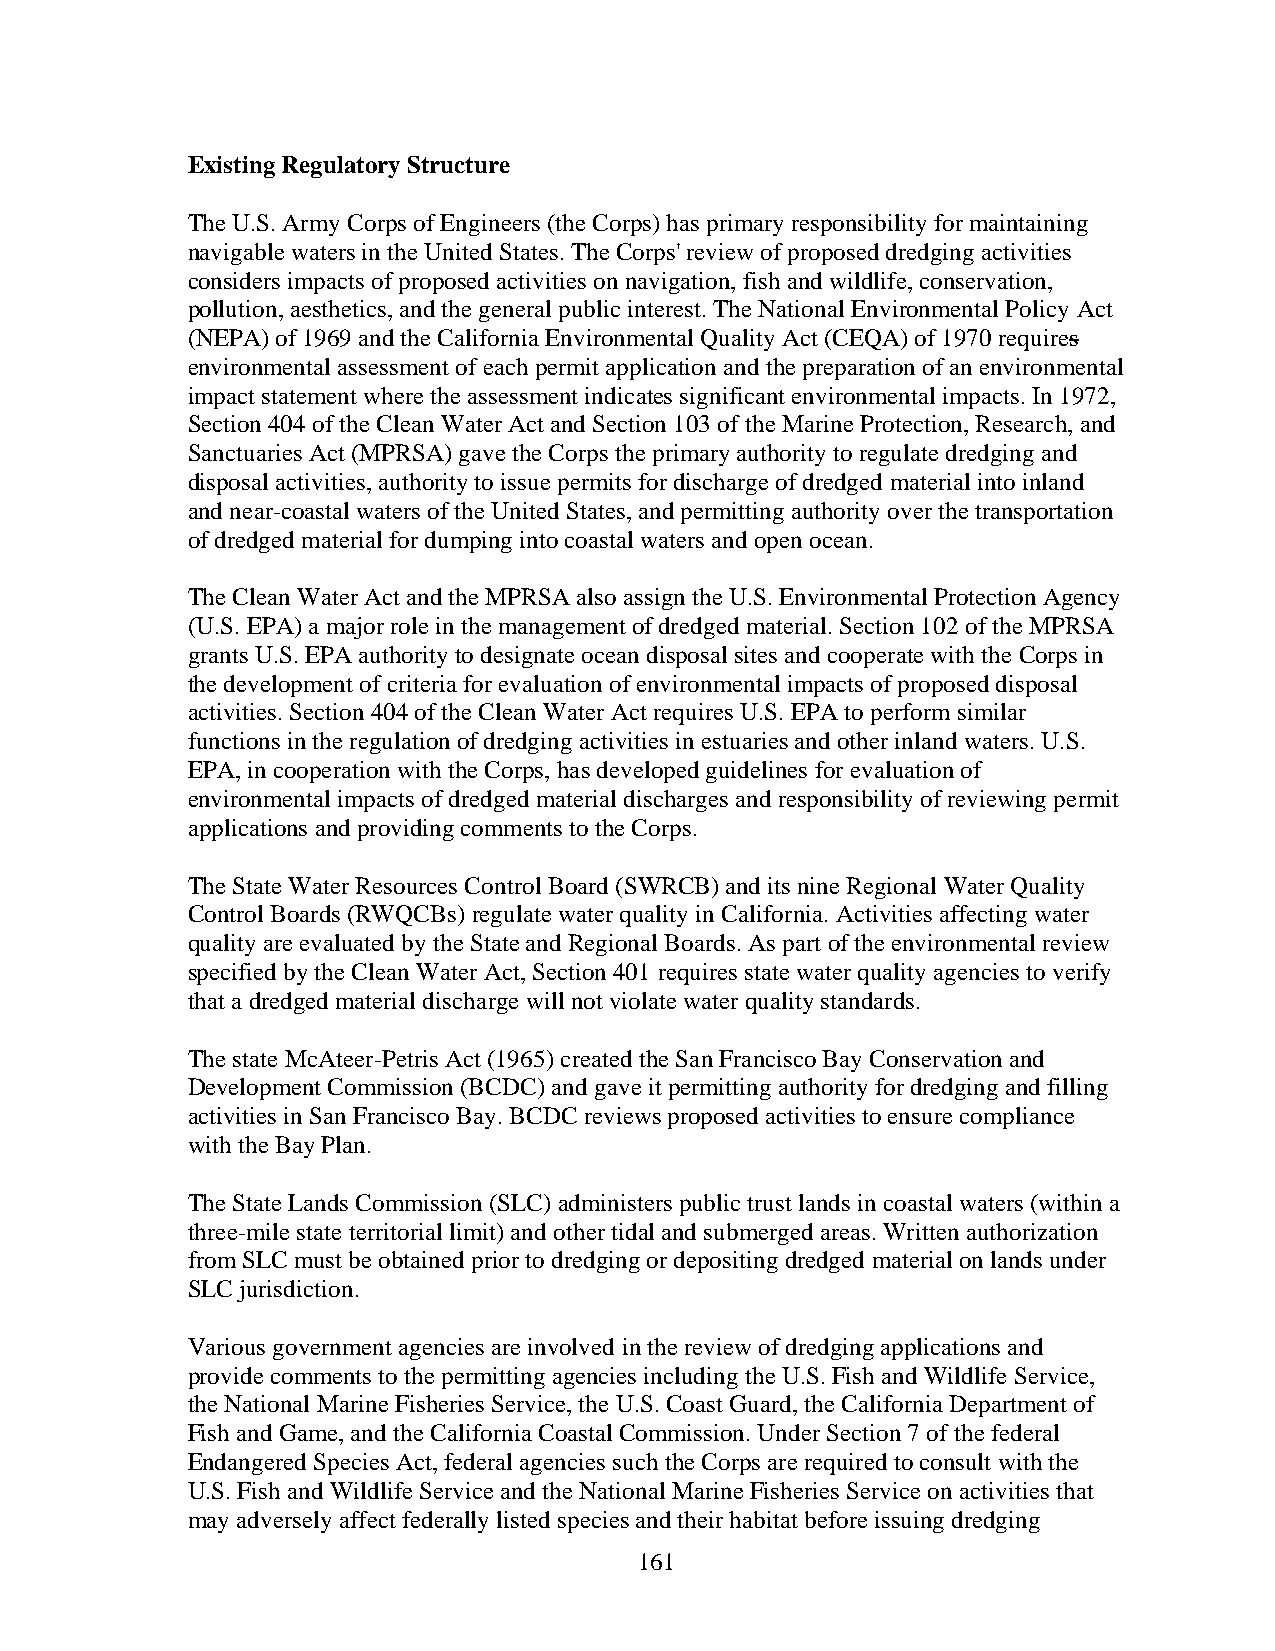
Existing Regulatory Structure
 The U.S. Army Corps of Engineers (the Corps) has primary responsibility for maintaining
 navigable waters in the United States. The Corps' review of proposed dredging activities
 considers impacts of proposed activities on navigation, fish and wildlife, conservation,
 pollution, aesthetics, and the general public interest. The National Environmental Policy Act
 (NEPA) of 1969 and the California Environmental Quality Act (CEQA) of 1970 requires
 environmental assessment of each permit application and the preparation of an environmental
 impact statement where the assessment indicates significant environmental impacts. In 1972,
 Section 404 of the Clean Water Act and Section 103 of the Marine Protection, Research, and
 Sanctuaries Act (MPRSA) gave the Corps the primary authority to regulate dredging and
 disposal activities, authority to issue permits for discharge of dredged material into inland
 and near-coastal waters of the United States, and permitting authority over the transportation
 of dredged material for dumping into coastal waters and open ocean.
 The Clean Water Act and the MPRSA also assign the U.S. Environmental Protection Agency
 (U.S. EPA) a major role in the management of dredged material. Section 102 of the MPRSA
 grants U.S. EPA authority to designate ocean disposal sites and cooperate with the Corps in
 the development of criteria for evaluation of environmental impacts of proposed disposal
 activities. Section 404 of the Clean Water Act requires U.S. EPA to perform similar
 functions in the regulation of dredging activities in estuaries and other inland waters. U.S.
 EPA, in cooperation with the Corps, has developed guidelines for evaluation of
 environmental impacts of dredged material discharges and responsibility of reviewing permit
 applications and providing comments to the Corps.
 The State Water Resources Control Board (SWRCB) and its nine Regional Water Quality
 Control Boards (RWQCBs) regulate water quality in California. Activities affecting water
 quality are evaluated by the State and Regional Boards. As part of the environmental review
 specified by the Clean Water Act, Section 401 requires state water quality agencies to verify
 that a dredged material discharge will not violate water quality standards.
 The state McAteer-Petris Act (1965) created the San Francisco Bay Conservation and
 Development Commission (BCDC) and gave it permitting authority for dredging and filling
 activities in San Francisco Bay. BCDC reviews proposed activities to ensure compliance
 with the Bay Plan.
 The State Lands Commission (SLC) administers public trust lands in coastal waters (within a
 three-mile state territorial limit) and other tidal and submerged areas. Written authorization
 from SLC must be obtained prior to dredging or depositing dredged material on lands under
 SLC jurisdiction.
 Various government agencies are involved in the review of dredging applications and
 provide comments to the permitting agencies including the U.S. Fish and Wildlife Service,
 the National Marine Fisheries Service, the U.S. Coast Guard, the California Department of
 Fish and Game, and the California Coastal Commission. Under Section 7 of the federal
 Endangered Species Act, federal agencies such the Corps are required to consult with the
 U.S. Fish and Wildlife Service and the National Marine Fisheries Service on activities that
 may adversely affect federally listed species and their habitat before issuing dredging
 161